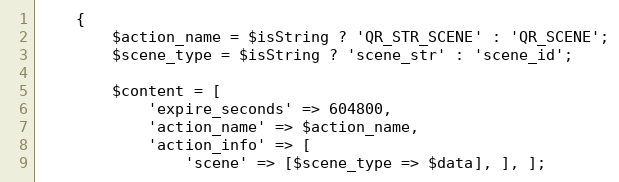
Language: PHP
    {
        $action_name = $isString ? 'QR_STR_SCENE' : 'QR_SCENE';
        $scene_type = $isString ? 'scene_str' : 'scene_id';

        $content = [
            'expire_seconds' => 604800,
            'action_name' => $action_name,
            'action_info' => [
                'scene' => [$scene_type => $data], ], ];